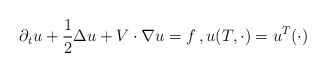
\begin{align*}\partial_tu+\frac{1}{2}\Delta u+V\cdot\nabla u = f\,,u(T,\cdot)=u^T(\cdot)\end{align*}